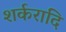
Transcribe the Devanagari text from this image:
शर्करादि